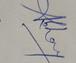
Signature authenticity: genuine